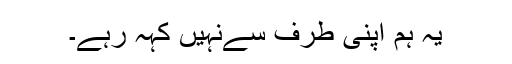
یہ ہم اپنی طرف سےنہیں کہہ رہے۔